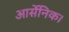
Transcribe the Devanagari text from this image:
आर्सेनिक।